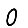
Digit: 0